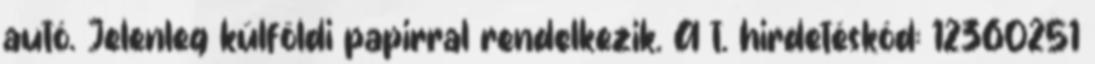
autó. Jelenleg külföldi papirral rendelkezik. A t. hirdetéskód: 12360251